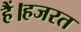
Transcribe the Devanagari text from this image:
हैं।हजरत